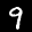
Label: 9